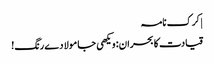
| کرک نامہ
قیادت کا بحران: ویکھی جا مولا دے رنگ!